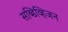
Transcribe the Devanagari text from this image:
सब्डिव्हिजन